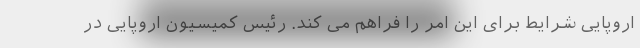
اروپایی شرایط برای این امر را فراهم می کند. رئیس کمیسیون اروپایی در